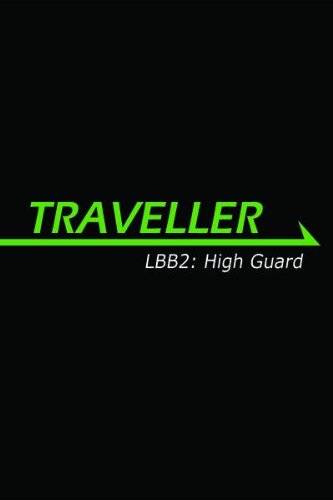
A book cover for LBB 2: High Guard (Traveller); Gareth Hanrahan; Science Fiction & Fantasy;